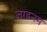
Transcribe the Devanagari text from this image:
लग्डनम